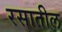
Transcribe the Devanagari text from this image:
रसातील